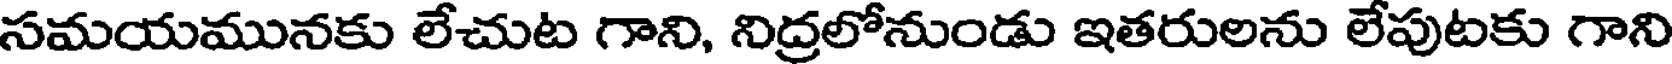
సమయమునకు లేచుట గాని, నిద్రలోనుండు ఇతరులను లేపుటకు గాని